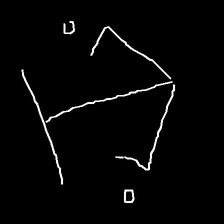
Glyph: earth